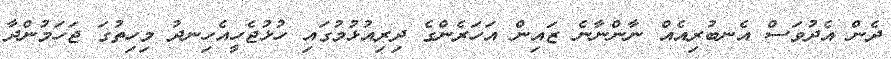
ދެން އެދުވަސް އެނބުރިއެއް ނާންނާނެ ޒައިން އަހަރެންގެ ދިރިއުޅުމުގައި ހުޅުޖެހީއެހިނދު މިހިތުގަ ޖަހަމުންދާ